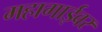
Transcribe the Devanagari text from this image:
महागाईवर